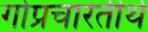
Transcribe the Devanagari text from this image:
गोप्रचारतीर्थ